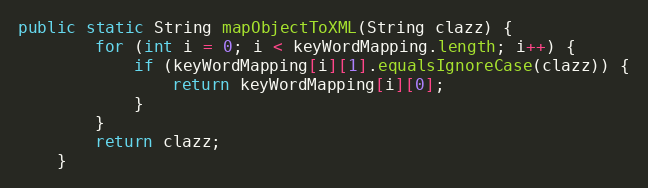
Language: Java
public static String mapObjectToXML(String clazz) {
		for (int i = 0; i < keyWordMapping.length; i++) {
			if (keyWordMapping[i][1].equalsIgnoreCase(clazz)) {
				return keyWordMapping[i][0];
			}
		}
		return clazz;
	}